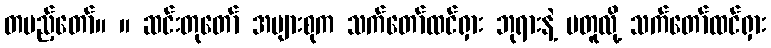
တပည့်တော်။ ။ ဆင်းတုတော် အများစုက သက်တော်ထင်ရှား ဘုရားနဲ့ မတူလို့ သက်တော်ထင်ရှား